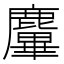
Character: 𪋜